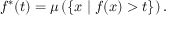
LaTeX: f ^ { * } ( t ) = \mu \left( \{ x \mid f ( x ) > t \} \right) .